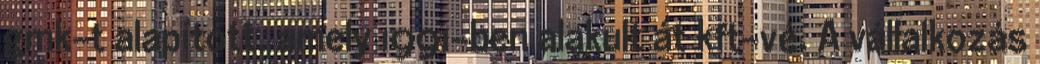
gmk-t alapított, amely 1991-ben alakult át kft-vé. A vállalkozás